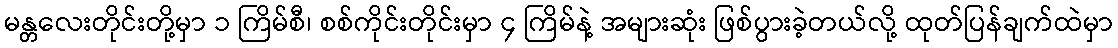
မန္တလေးတိုင်းတို့မှာ ၁ ကြိမ်စီ၊ စစ်ကိုင်းတိုင်းမှာ ၄ ကြိမ်နဲ့ အများဆုံး ဖြစ်ပွားခဲ့တယ်လို့ ထုတ်ပြန်ချက်ထဲမှာ